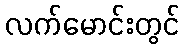
လက်မောင်းတွင်